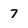
Character: 7